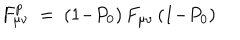
LaTeX: F _ { \mu \nu } ^ { p } \ = \ ( 1 { - } P _ { 0 } ) \, F _ { \mu \nu } \, ( 1 { - } P _ { 0 } )